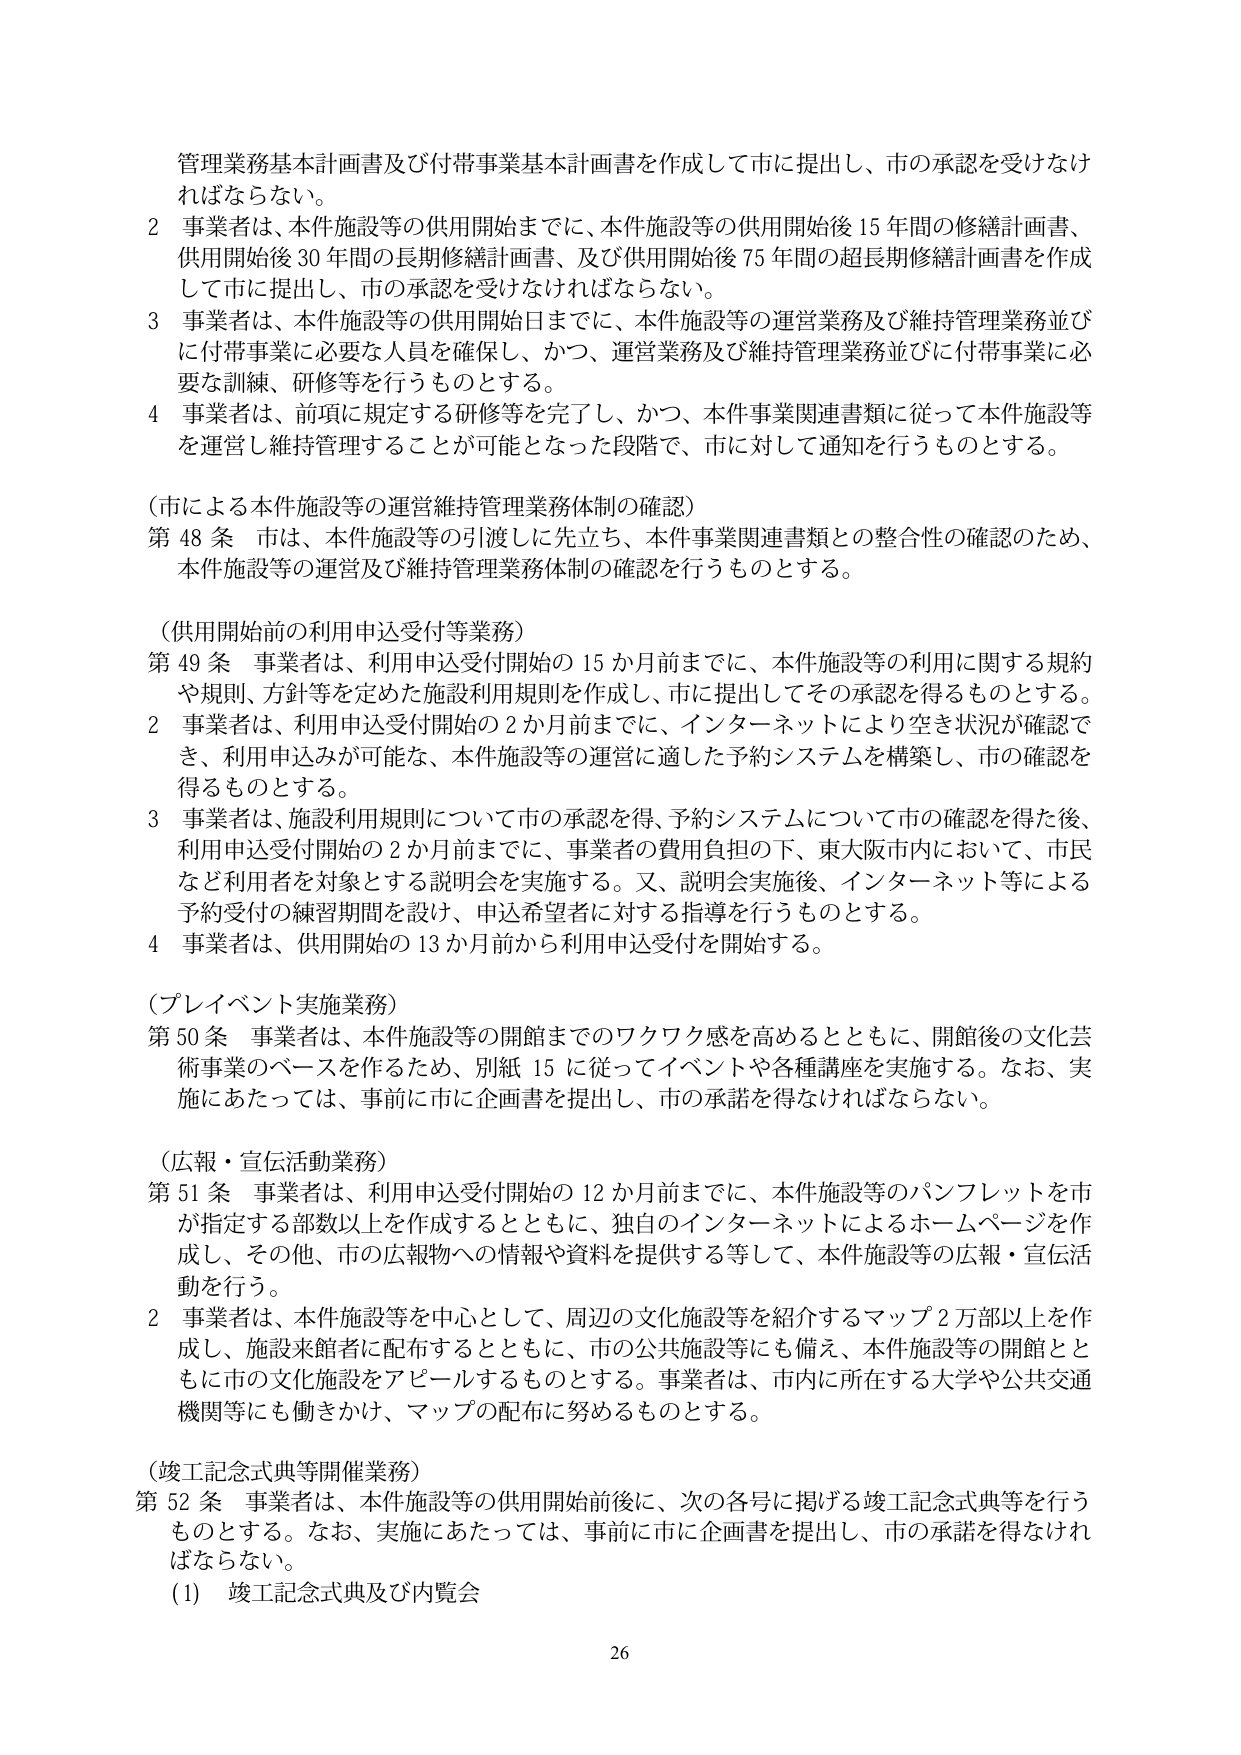
管理業務基本計画書及び付帯事業基本計画書を作成して市に提出し、市の承認を受けなければならない。

2 事業者は、本件施設等の供用開始までに、本件施設等の供用開始後15年間の修繕計画書、供用開始後30年間の長期修繕計画書、及び供用開始後75年間の超長期修繕計画書を作成して市に提出し、市の承認を受けなければならない。

3 事業者は、本件施設等の供用開始日までに、本件施設等の運営業務及び維持管理業務並びに付帯事業に必要な人員を確保し、かつ、運営業務及び維持管理業務並びに付帯事業に必要な訓練、研修等を行うものとする。

4 事業者は、前項に規定する研修等を完了し、かつ、本件事業関連書類に従って本件施設等を運営し維持管理することが可能となった段階で、市に対して通知を行うものとする。

（市による本件施設等の運営維持管理業務体制の確認）
第48条 市は、本件施設等の引渡しに先立ち、本件事業関連書類との整合性の確認のため、本件施設等の運営及び維持管理業務体制の確認を行うものとする。

（供用開始前の利用申込受付等業務）
第49条 事業者は、利用申込受付開始の15か月前までに、本件施設等の利用に関する規約や規則、方針等を定めた施設利用規則を作成し、市に提出してその承認を得るものとする。

2 事業者は、利用申込受付開始の2か月前までに、インターネットにより空き状況が確認でき、利用申込みが可能な、本件施設等の運営に適した予約システムを構築し、市の確認を得るものとする。

3 事業者は、施設利用規則について市の承認を得、予約システムについて市の確認を得た後、利用申込受付開始の2か月前までに、事業者の費用負担の下、東大阪市内において、市民など利用者を対象とする説明会を実施する。又、説明会実施後、インターネット等による予約受付の練習期間を設け、申込希望者に対する指導を行うものとする。

4 事業者は、供用開始の13か月前から利用申込受付を開始する。

（プレイイベント実施業務）
第50条 事業者は、本件施設等の開館までのワクワク感を高めるとともに、開館後の文化芸術事業のベースを作るため、別紙15に従ってイベントや各種講座を実施する。なお、実施にあたっては、事前に市に企画書を提出し、市の承諾を得なければならない。

（広報・宣伝活動業務）
第51条 事業者は、利用申込受付開始の12か月前までに、本件施設等のパンフレットを市が指定する部数以上を作成するとともに、独自のインターネットによるホームページを作成し、その他、市の広報物への情報や資料を提供する等して、本件施設等の広報・宣伝活動を行う。

2 事業者は、本件施設等を中心として、周辺の文化施設等を紹介するマップ2万部以上を作成し、施設来館者に配布するとともに、市の公共施設等にも備え、本件施設等の開館とともに市の文化施設をアピールするものとする。事業者は、市内に所在する大学や公共交通機関等にも働きかけ、マップの配布に努めるものとする。

（竣工記念式典等開催業務）
第52条 事業者は、本件施設等の供用開始前後に、次の各号に掲げる竣工記念式典等を行うものとする。なお、実施にあたっては、事前に市に企画書を提出し、市の承諾を得なければならない。

(1) 竣工記念式典及び内覧会

26